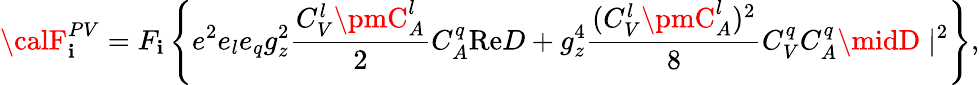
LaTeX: {\calF}_{\mathbf{i}}^{PV}=F_{\mathbf{i}}\left\{ e^{2}e_{l}e_{q}g_{z}^{2}\frac{{C_{V}^{l}\pmC_{A}^{l}}}{{2}}C_{A}^{q}\mathrm{{Re}}D+g_{z}^{4}\frac{{(C_{V}^{l}\pmC_{A}^{l})^{2}}}{{8}}C_{V}^{q}C_{A}^{q}\midD\mid^{2}\right\} ,